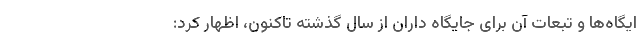
ایگاه‌ها و تبعات آن برای جایگاه داران از سال گذشته تاکنون، اظهار کرد: